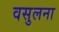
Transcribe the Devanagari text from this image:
वसुलना